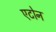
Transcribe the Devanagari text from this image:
एटोन